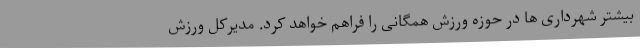
بیشتر شهرداری ها در حوزه ورزش همگانی را فراهم خواهد کرد. مدیرکل ورزش